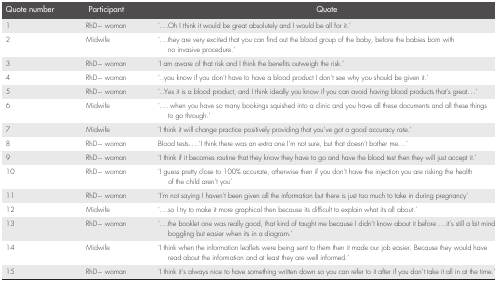
<table><thead><tr><td><b>Quote number</b></td><td><b>Participant</b></td><td><b>Quote</b></td></tr></thead><tbody><tr><td>1</td><td>RhD− woman</td><td>‘...Oh I think it would be great absolutely and I would be all for it.’</td></tr><tr><td>2</td><td>Midwife</td><td>‘...they are very excited that you can find out the blood group of the baby, before the babies born with no invasive procedure.’</td></tr><tr><td>3</td><td>RhD− woman</td><td>‘I am aware of that risk and I think the benefits outweigh the risk.’</td></tr><tr><td>4</td><td>RhD− woman</td><td>‘..you know if you don't have to have a blood product I don't see why you should be given it.’</td></tr><tr><td>5</td><td>RhD− woman</td><td>‘..Yes it is a blood product, and I think ideally you know if you can avoid having blood products that's great...’</td></tr><tr><td>6</td><td>Midwife</td><td>‘... when you have so many bookings squished into a clinic and you have all these documents and all these things to go through.’</td></tr><tr><td>7</td><td>Midwife</td><td>‘I think it will change practice positively providing that you've got a good accuracy rate.’</td></tr><tr><td>8</td><td>RhD− woman</td><td>Blood tests....‘I think there was an extra one I'm not sure, but that doesn't bother me...’</td></tr><tr><td>9</td><td>RhD− woman</td><td>‘I think if it becomes routine that they know they have to go and have the blood test then they will just accept it.’</td></tr><tr><td>10</td><td>RhD− woman</td><td>‘I guess pretty close to 100% accurate, otherwise then if you don't have the injection you are risking the health of the child aren't you’</td></tr><tr><td>11</td><td>RhD− woman</td><td>‘I'm not saying I haven't been given all the information but there is just too much to take in during pregnancy’</td></tr><tr><td>12</td><td>Midwife</td><td>‘...so I try to make it more graphical then because its difficult to explain what its all about.’</td></tr><tr><td>13</td><td>RhD− woman</td><td>‘...the booklet one was really good, that kind of taught me because I didn't know about it before ...it's still a bit mind boggling but easier when its in a diagram.’</td></tr><tr><td>14</td><td>Midwife</td><td>‘I think when the information leaflets were being sent to them then it made our job easier. Because they would have read about the information and at least they are well informed.’</td></tr><tr><td>15</td><td>RhD− woman</td><td>‘I think it's always nice to have something written down so you can refer to it after if you don't take it all in at the time.’</td></tr></tbody></table>